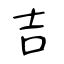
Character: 吉